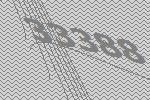
33388